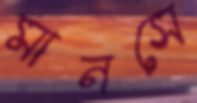
মানসে